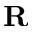
\mathbf { R }